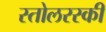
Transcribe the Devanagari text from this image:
स्तोलरस्की